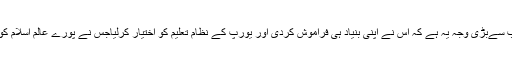
اس کی سب سےبڑی وجہ یہ ہے کہ اس نے اپنی بنیاد ہی فراموش کردی اور یورپ کے نظام تعلیم کو اختیار کرلیاجس نے پورے عالم اسلام کو متاثر کیا۔